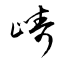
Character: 嶹